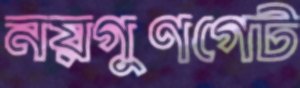
নয়গুণগেট